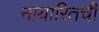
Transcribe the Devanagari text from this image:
नायारितची